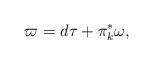
LaTeX: \begin{align*}\varpi=d\tau+\pi_k^*\omega,\end{align*}